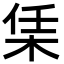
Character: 栠